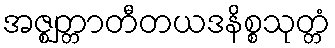
အဇ္ဈတ္တာတီတယဒနိစ္စသုတ္တံ